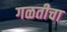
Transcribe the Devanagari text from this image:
गळतीचा